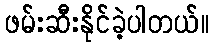
ဖမ်းဆီးနိုင်ခဲ့ပါတယ်။